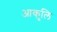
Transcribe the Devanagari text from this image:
आकुलि